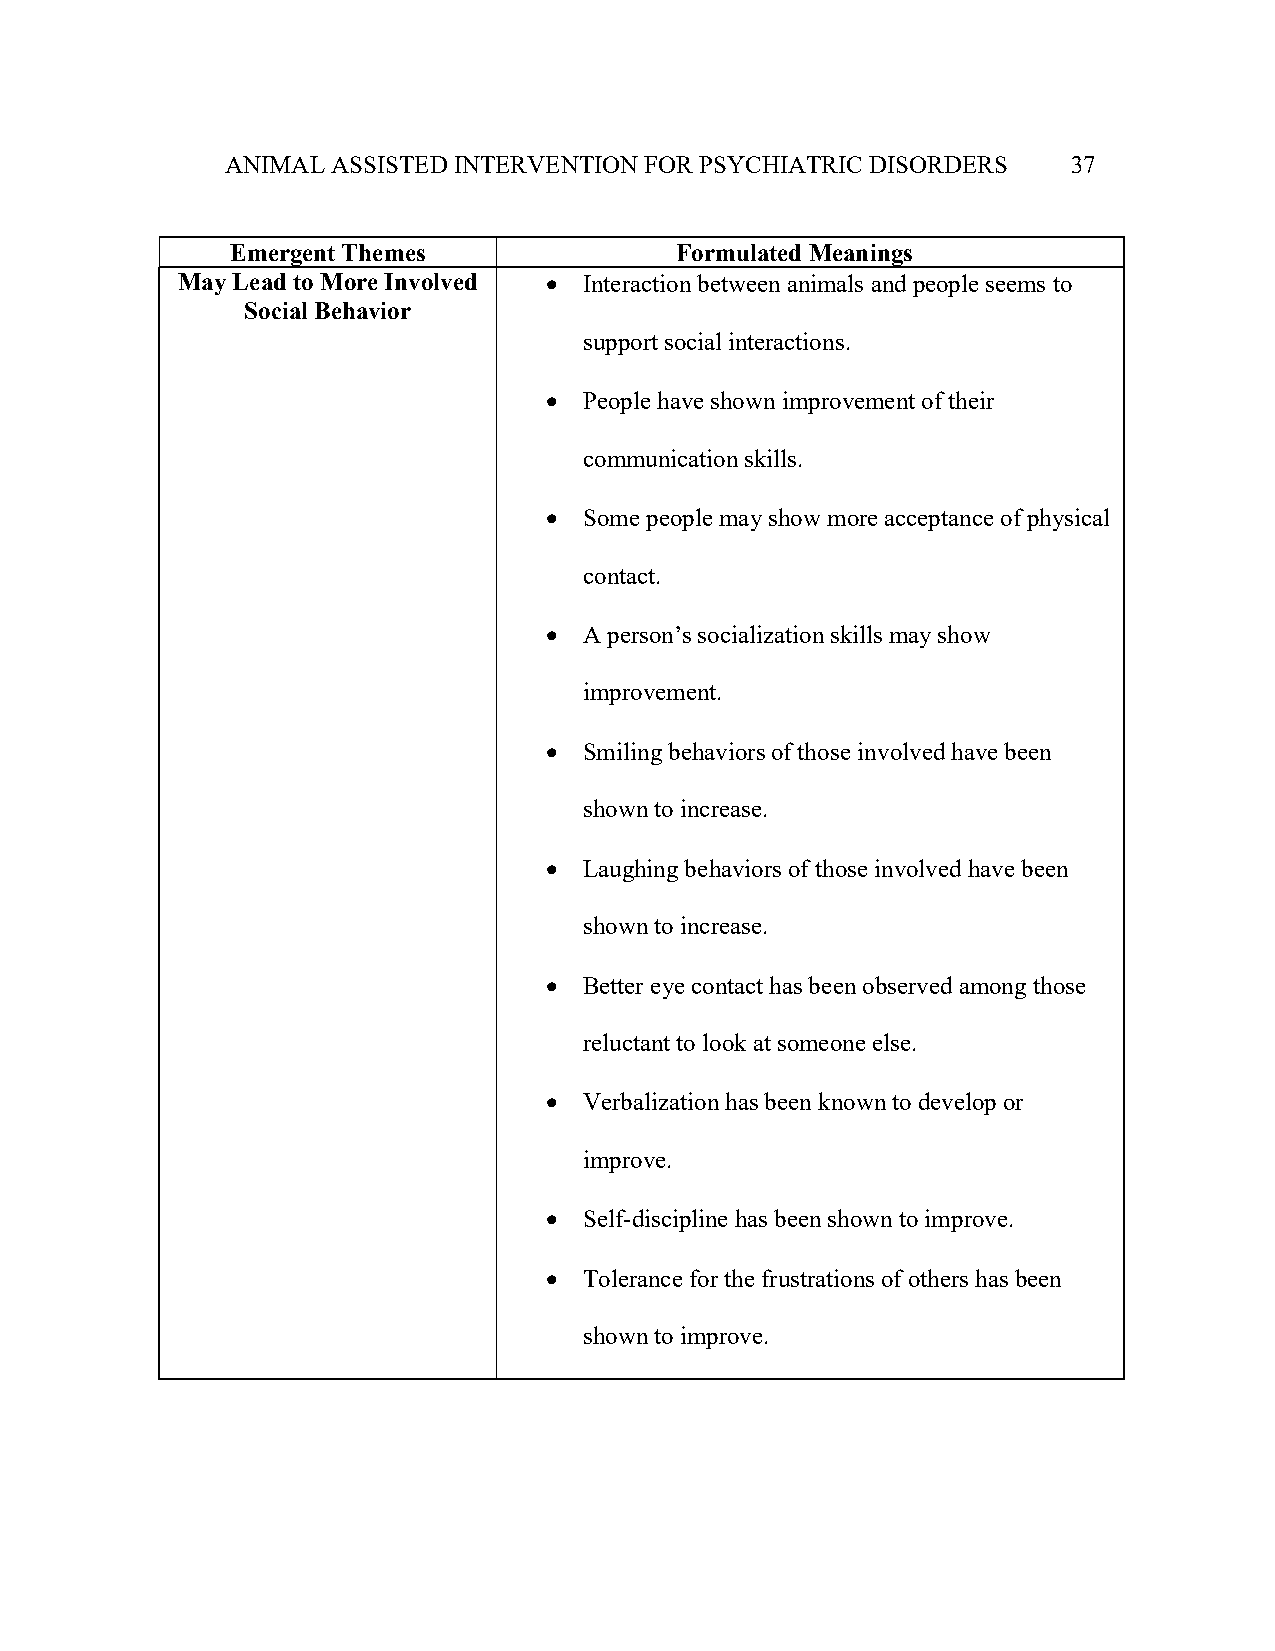
ANIMAL ASSISTED INTERVENTION FOR PSYCHIATRIC DISORDERS  37
 Emergent Themes               Formulated Meanings
 May Lead to More Involved  Interaction between animals and people seems to
 Social Behavior
 support social interactions.
   People have shown improvement of their
 communication skills.
   Some people may show more acceptance of physical
 contact.
   A person’s socialization skills may show
 improvement.
   Smiling behaviors of those involved have been
 shown to increase.
   Laughing behaviors of those involved have been
 shown to increase.
   Better eye contact has been observed among those
 reluctant to look at someone else.
   Verbalization has been known to develop or
 improve.
   Self-discipline has been shown to improve.
   Tolerance for the frustrations of others has been
 shown to improve.